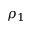
\rho _ { 1 }